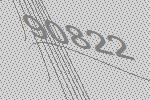
90822